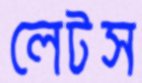
লেটস